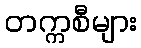
တက္ကစီများ